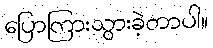
ပြောကြားသွားခဲ့တာပါ။